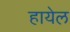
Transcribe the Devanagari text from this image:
हायेल